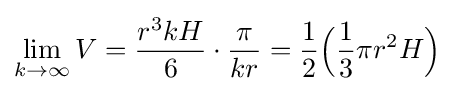
\lim _{k\rightarrow \infty }V={r^{3}kH \over 6}\cdot {\pi  \over kr}={1 \over 2}{\Big (}{1 \over 3}\pi r^{2}H{\Big )}